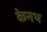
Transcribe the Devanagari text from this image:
केनथ